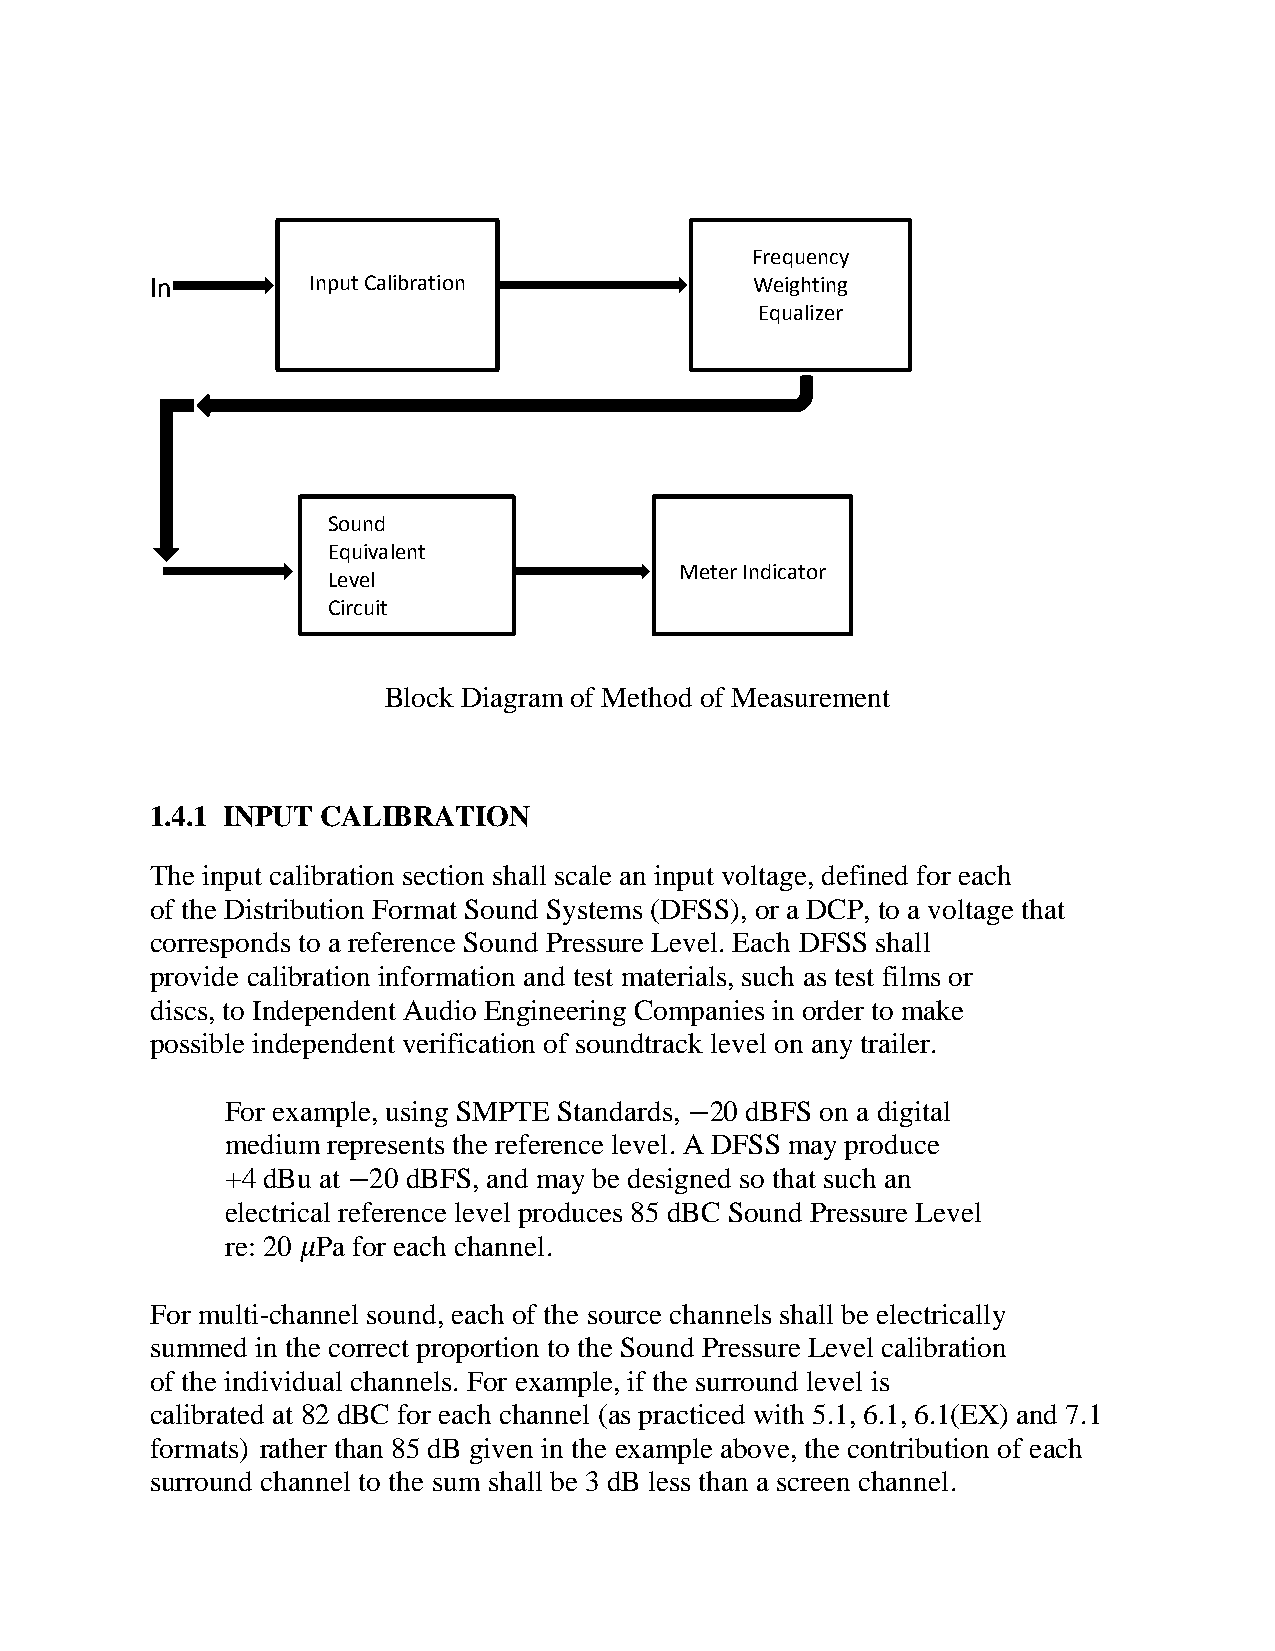
Frequency
 In        Input Calibration             Weighting
 Equalizer
 Sound
 Equivalent
 Level
 Meter Indicator
 Circuit
 Block Diagram of Method of Measurement
 1.4.1 INPUT CALIBRATION
 The input calibration section shall scale an input voltage, defined for each
 of the Distribution Format Sound Systems (DFSS), or a DCP, to a voltage that
 corresponds to a reference Sound Pressure Level. Each DFSS shall
 provide calibration information and test materials, such as test films or
 discs, to Independent Audio Engineering Companies in order to make
 possible independent verification of soundtrack level on any trailer.
 For example, using SMPTE Standards, −20 dBFS on a digital
 medium represents the reference level. A DFSS may produce
 +4 dBu at −20 dBFS, and may be designed so that such an
 electrical reference level produces 85 dBC Sound Pressure Level
 re: 20 𝜇Pa for each channel.
 For multi-channel sound, each of the source channels shall be electrically
 summed in the correct proportion to the Sound Pressure Level calibration
 of the individual channels. For example, if the surround level is
 calibrated at 82 dBC for each channel (as practiced with 5.1, 6.1, 6.1(EX) and 7.1
 formats) rather than 85 dB given in the example above, the contribution of each
 surround channel to the sum shall be 3 dB less than a screen channel.